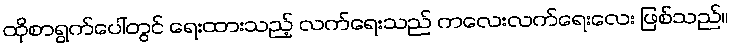
ထိုစာရွက်ပေါ်တွင် ရေးထားသည့် လက်ရေးသည် ကလေးလက်ရေးလေး ဖြစ်သည်။